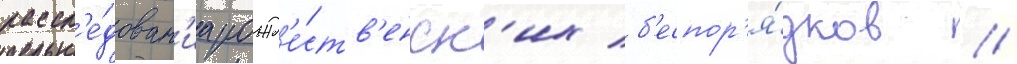
рассл'е́дован'иа рожд'е́ств'енск'их б'еспор'я́дков //